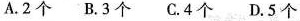
A.2个B.3个C.4个D.5个